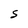
Character: S